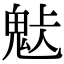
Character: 𩲹